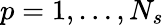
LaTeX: p=1,\dots,N_{s}